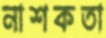
নাশকতা